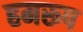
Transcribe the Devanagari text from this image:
हमरूप